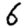
Digit: 6